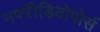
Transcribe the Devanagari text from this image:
नफ्ऱेीडियोपोर्स